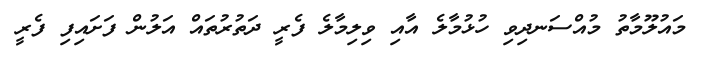
މައުލޫމާތު މުއްސަނދިވި ހުޅުމާލެ އާއި ވިލިމާލެ ފެރީ ދަތުރުތައް އަލުން ފަށައިފި ފެރީ